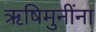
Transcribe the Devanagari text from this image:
ऋषिमुनींना